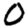
Digit: 0